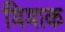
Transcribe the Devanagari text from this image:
मिमाक